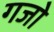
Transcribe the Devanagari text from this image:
गजो